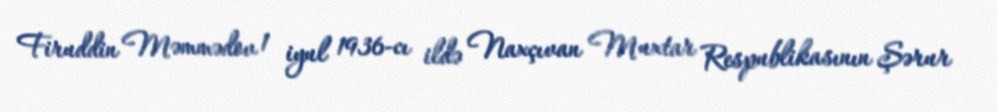
Firuddin Məmmədov 1 iyul 1936-cı ildə Naxçıvan Muxtar Respublikasının Şərur